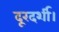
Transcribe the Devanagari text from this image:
दूरदर्शी।